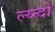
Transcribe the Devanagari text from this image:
ल्य्न्दों